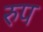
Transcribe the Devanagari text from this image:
रुप